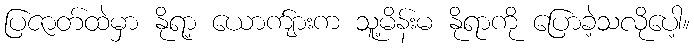
ပြဇာတ်ထဲမှာ နိုရာ့ ယောက်ျားက သူ့မိန်းမ နိုရာကို ပြောခဲ့သလိုပေါ့။